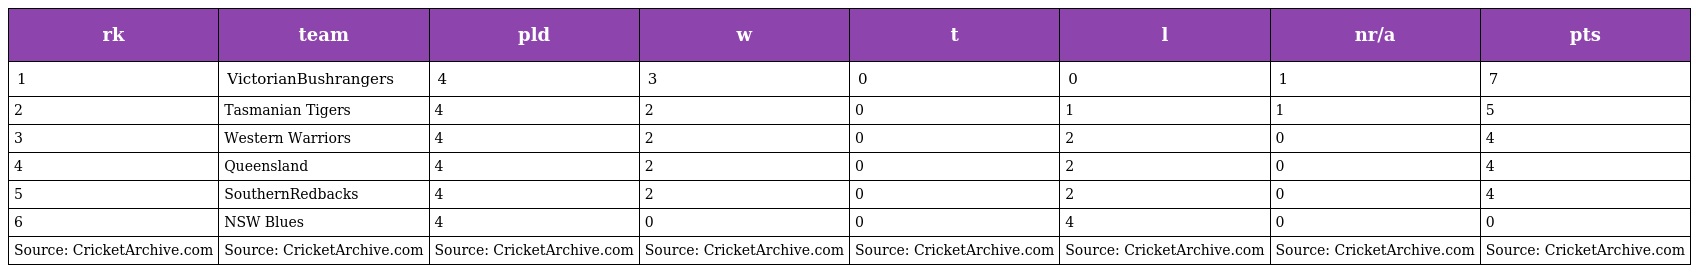
| rk | team | pld | w | t | l | nr/a | pts |
 | --- | --- | --- | --- | --- | --- | --- | --- |
 | 1 | VictorianBushrangers | 4 | 3 | 0 | 0 | 1 | 7 |
 | 2 | Tasmanian Tigers | 4 | 2 | 0 | 1 | 1 | 5 |
 | 3 | Western Warriors | 4 | 2 | 0 | 2 | 0 | 4 |
 | 4 | Queensland | 4 | 2 | 0 | 2 | 0 | 4 |
 | 5 | SouthernRedbacks | 4 | 2 | 0 | 2 | 0 | 4 |
 | 6 | NSW Blues | 4 | 0 | 0 | 4 | 0 | 0 |
 | Source: CricketArchive.com | Source: CricketArchive.com | Source: CricketArchive.com | Source: CricketArchive.com | Source: CricketArchive.com | Source: CricketArchive.com | Source: CricketArchive.com | Source: CricketArchive.com |